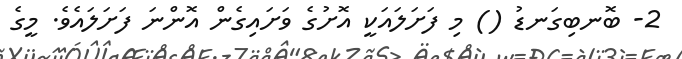
2- ބޮނބިގަނޑު () މި ފަށަލައަކީ އޮށުގެ ވަށައިގެން އޮންނަ ފަށަލައެވެ. މީގެ